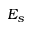
E _ { s }